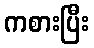
ကစားပြီး